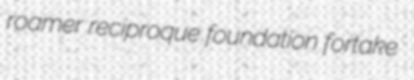
roamer reciproque foundation fortake